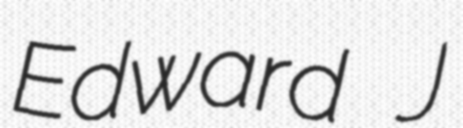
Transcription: Edward J